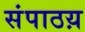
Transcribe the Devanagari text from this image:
संपाठय़